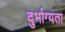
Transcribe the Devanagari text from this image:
दुर्भाग्यता